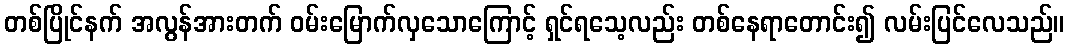
တစ်ပြိုင်နက် အလွန်အားတက် ဝမ်းမြောက်လှသောကြောင့် ရှင်ရသေ့လည်း တစ်နေရာတောင်း၍ လမ်းပြင်လေသည်။